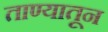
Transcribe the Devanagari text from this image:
ताण्यातून